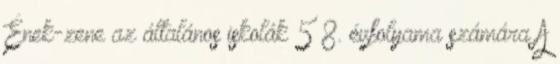
Ének-zene az általános iskolák 5 8. évfolyama számára A